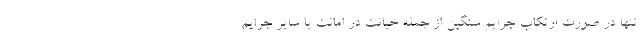
تنها در صورت ارتکاب جرایم سنگین از جمله خیانت در امانت یا سایر جرایم